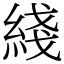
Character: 綫